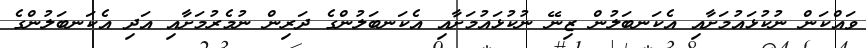
ވައްކަން ނުކުޅައުމަށާއި އެކަނބަލުން ޒިނޭ ނުކުޅައުމަށާއި އެކަނބަލުންގެ ދަރިން ނުމެރުމަށާއި އަދި އެކަނބަލުންގެ